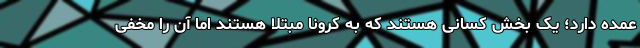
عمده دارد؛ یک بخش کسانی هستند که به کرونا مبتلا هستند اما آن ‌را مخفی